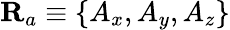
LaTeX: \mathbf{R}_{a}\equiv\{ A_{x},A_{y},A_{z}\}